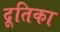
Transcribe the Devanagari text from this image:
दूतिका